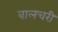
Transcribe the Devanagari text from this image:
बालचरी